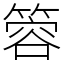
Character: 䈶